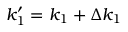
k _ { 1 } ^ { \prime } = k _ { 1 } + \Delta k _ { 1 }